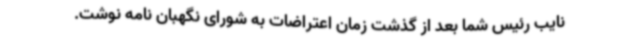
نایب رئیس شما بعد از گذشت زمان اعتراضات به شورای نگهبان نامه نوشت.